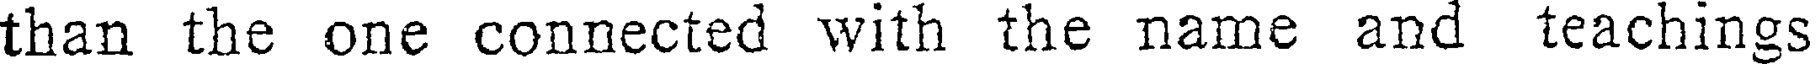
than the one connected with the name and teachings